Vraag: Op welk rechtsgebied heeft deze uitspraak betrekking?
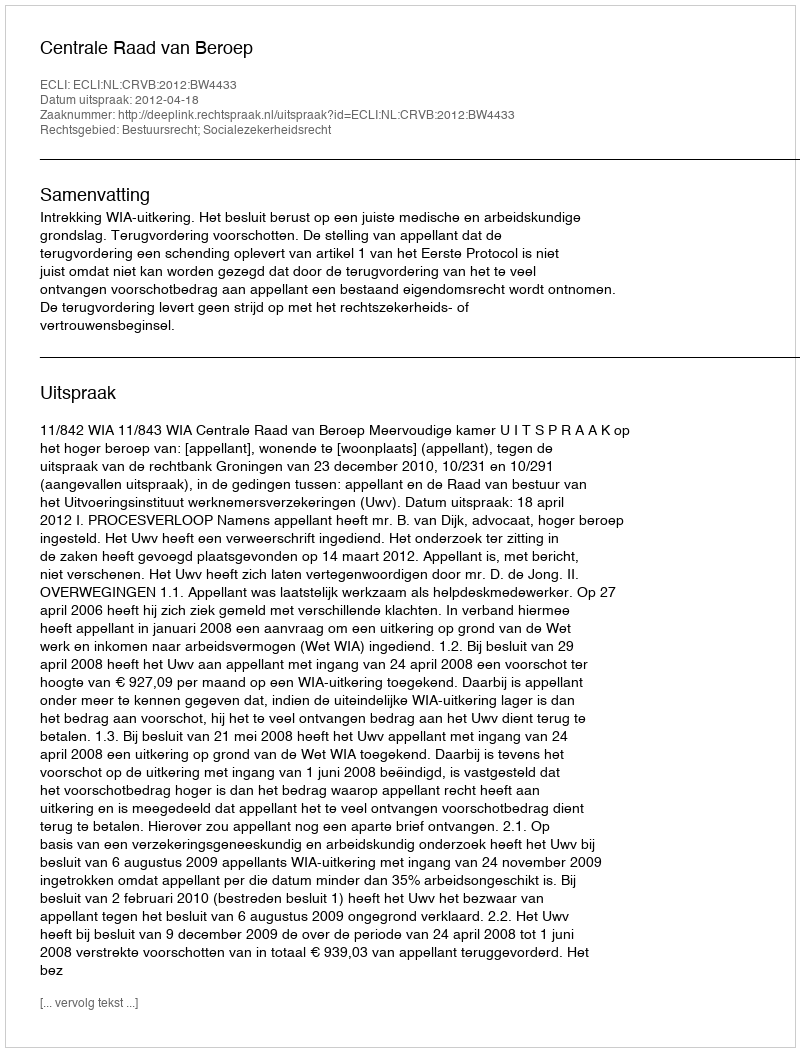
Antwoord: Bestuursrecht; Socialezekerheidsrecht